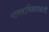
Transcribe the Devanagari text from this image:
मानवाधिकारवादी